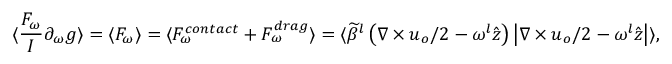
\langle \frac { F _ { \omega } } { I } \partial _ { \omega } g \rangle = \langle F _ { \omega } \rangle = \langle F _ { \omega } ^ { c o n t a c t } + F _ { \omega } ^ { d r a g } \rangle = \langle \widetilde { \beta } ^ { l } \left( \nabla \times \boldsymbol { u } _ { o } / 2 - \omega ^ { l } \hat { \boldsymbol { z } } \right) \left| \nabla \times \boldsymbol { u } _ { o } / 2 - \omega ^ { l } \hat { \boldsymbol { z } } \right| \rangle ,